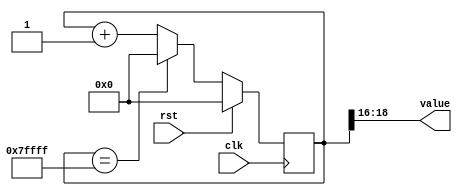
/*
   This file was generated automatically by the Mojo IDE version B1.3.6.
   Do not edit this file directly. Instead edit the original Lucid source.
   This is a temporary file and any changes made to it will be destroyed.
*/

/*
   Parameters:
     SIZE = 3
     DIV = FLIP
     TOP = 7
     UP = 1
*/
module counter_11 (
    input clk,
    input rst,
    output reg [2:0] value
  );
  
  localparam SIZE = 2'h3;
  localparam DIV = 5'h10;
  localparam TOP = 3'h7;
  localparam UP = 1'h1;
  
  
  reg [18:0] M_ctr_d, M_ctr_q = 1'h0;
  
  localparam MAX_VALUE = 19'h7ffff;
  
  always @* begin
    M_ctr_d = M_ctr_q;
    
    value = M_ctr_q[16+2-:3];
    if (1'h1) begin
      M_ctr_d = M_ctr_q + 1'h1;
      if (1'h1 && M_ctr_q == 19'h7ffff) begin
        M_ctr_d = 1'h0;
      end
    end else begin
      M_ctr_d = M_ctr_q - 1'h1;
      if (1'h1 && M_ctr_q == 1'h0) begin
        M_ctr_d = 19'h7ffff;
      end
    end
  end
  
  always @(posedge clk) begin
    if (rst == 1'b1) begin
      M_ctr_q <= 1'h0;
    end else begin
      M_ctr_q <= M_ctr_d;
    end
  end
  
endmodule